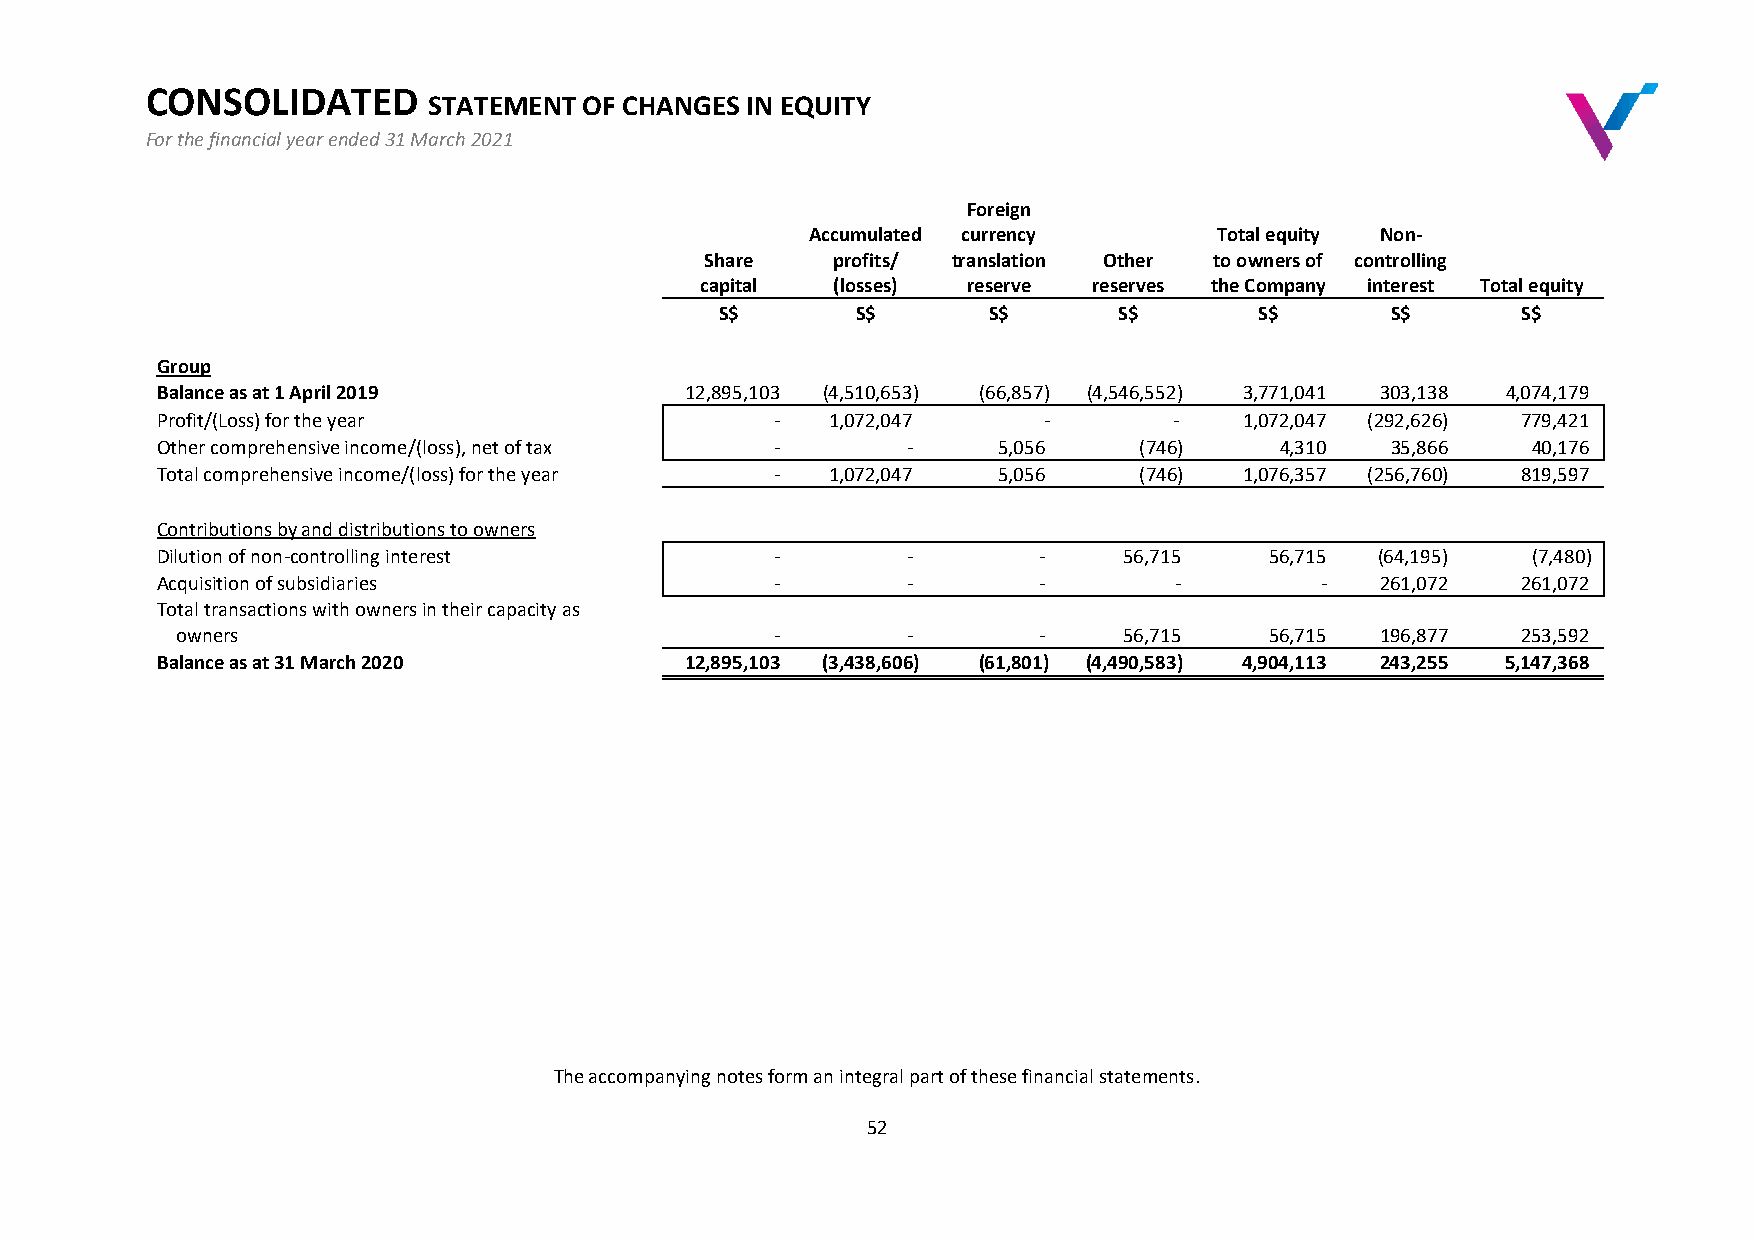
CONSOLIDATED
 STATEMENT  OF CHANGES IN EQUITY
 For the financial year ended 31 March 2021
 SOCE
 Foreign
 Accumulated currency       Total equity Non-
 Share   profits/ translation Other to owners of controlling
 capital  (losses) reserve reserves the Company interest Total equity
 S$       S$      S$       S$       S$       S$       S$
 Group
 Balance as at 1 April 2019         12,895,103 (4,510,653) (66,857) (4,546,552) 3,771,041 303,138 4,074,179
 Profit/(Loss) for the year               -   1,072,047     -        -   1,072,047 (292,626) 779,421
 Other comprehensive income/(loss), net of tax -   -     5,056    (746)     4,310  35,866   40,176
 Total comprehensive income/(loss) for the year - 1,072,047 5,056 (746)  1,076,357 (256,760) 819,597
 Contributions by and distributions to owners
 Dilution of non-controlling interest     -        -        -    56,715    56,715 (64,195)  (7,480)
 Acquisition of subsidiaries              -        -        -        -        -   261,072   261,072
 Total transactions with owners in their capacity as
 owners                                 -        -        -    56,715    56,715 196,877   253,592
 Balance as at 31 March 2020        12,895,103 (3,438,606) (61,801) (4,490,583) 4,904,113 243,255 5,147,368
 The accompanying notes form an integral part of these financial statements.
 52